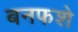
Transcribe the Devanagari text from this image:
बनफशे